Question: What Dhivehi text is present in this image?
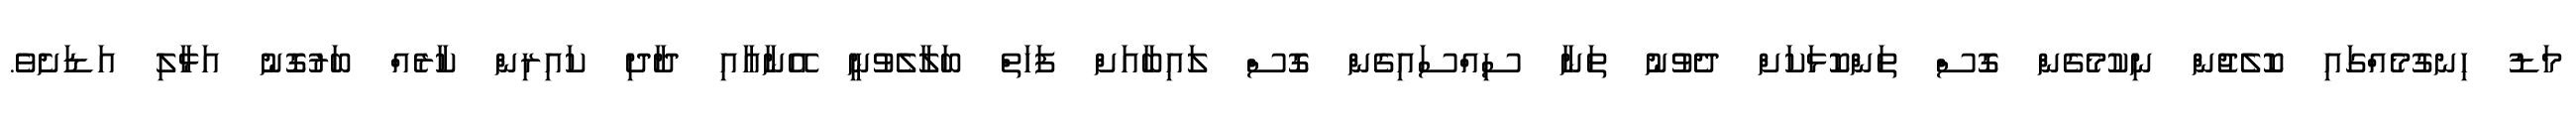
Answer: މަޑު ހިނގުމެއްގައި ކޮލެޖުން ނިކުމެގެން ގޮސް ތަންކޮޅަކަށް ދެވުނު ތަނާ ސިއްސައިގެން ގޮސް ލައިބާއަށް ފަހަތް ބަލާލެވުނީ އޭނާއާއި ދާދި ކައިރިން ކާރެއް ބަރުގޮނު އަޅާލި އަޑަށެވެ.